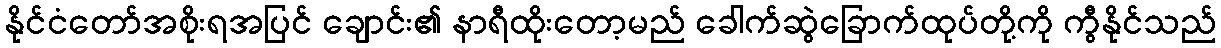
နိုင်ငံတော်အစိုးရအပြင် ချောင်း၏ နာရီထိုးတော့မည် ခေါက်ဆွဲခြောက်ထုပ်တို့ကို ကွီနိုင်သည်